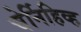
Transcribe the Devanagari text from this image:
चेर्निहिव्ह